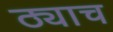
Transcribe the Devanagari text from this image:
ठ्याच